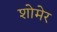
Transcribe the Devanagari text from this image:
शोमेर